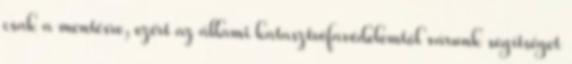
csak a mentésre, ezért az állami katasztrófavédelemtől várunk segítséget